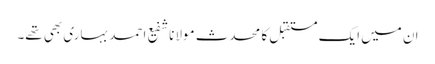
ان میں ایک مستقبل کا محدث مولانا شفیع احمد بہاری بھی تھے۔